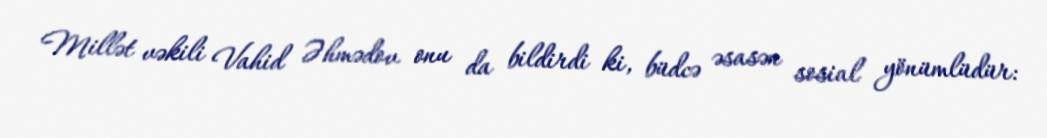
Millət vəkili Vahid Əhmədov onu da bildirdi ki, büdcə əsasən sosial yönümlüdür: